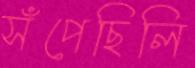
সঁপেছিলি